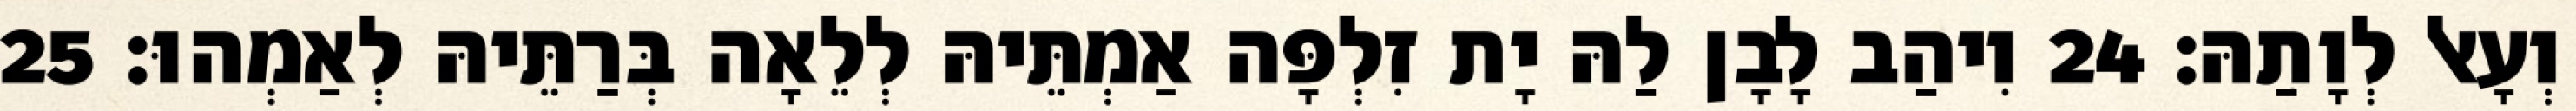
וְעָאל לְוָתַהּ׃ 24 וִיהַב לָבָן לַהּ יָת זִלְפָּה אַמְתֵּיהּ לְלֵאָה בְּרַתֵּיהּ לְאַמְהוּ׃ 25